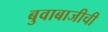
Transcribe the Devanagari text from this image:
बुवाबाजीची